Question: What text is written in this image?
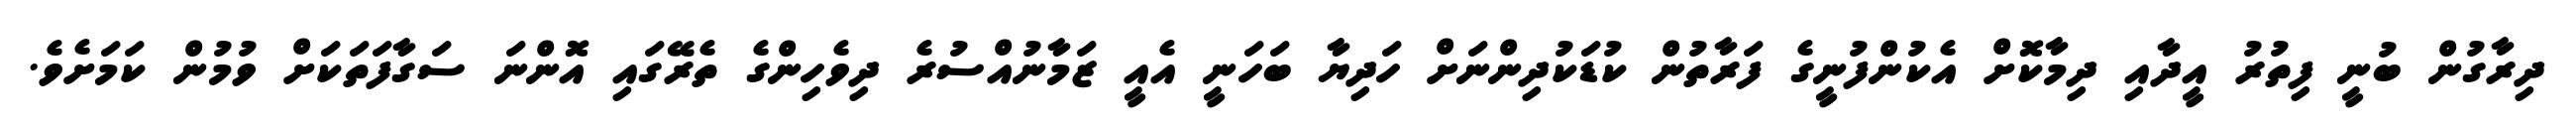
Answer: ދިރާގުން ބުނީ ފިތުރު އީދާއި ދިމާކޮށް އެކުންފުނީގެ ފަރާތުން ކުޑަކުދިންނަށް ހަދިޔާ ބަހަނީ އެއީ ޒަމާނުއްސުރެ ދިވެހިންގެ ތެރޭގައި އޮންނަ ސަގާފަތަކަށް ވުމުން ކަމަށެވެ.